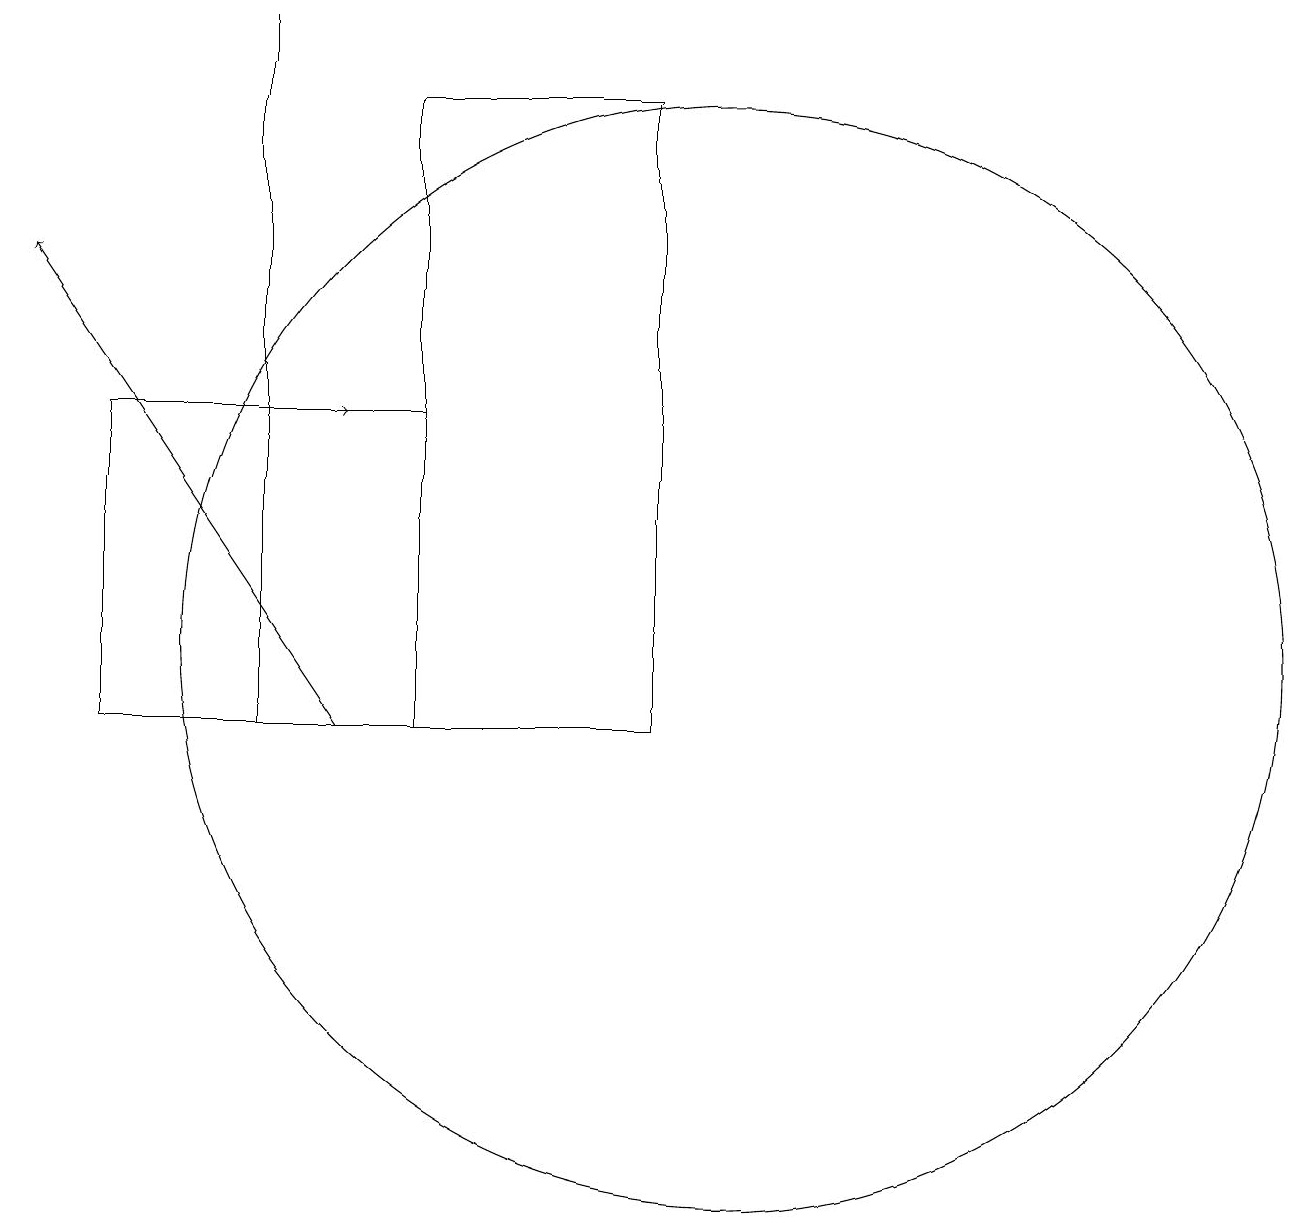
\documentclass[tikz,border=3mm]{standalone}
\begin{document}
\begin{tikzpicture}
\draw (6,10) rectangle (9,18);
\draw[->] (5,10) -- (1,16);
\draw (6,10) rectangle (2,14);
\draw[->] (3,14) -- (5,14);
\draw (10,11) circle (7);
\draw (4,10) rectangle (4,19);
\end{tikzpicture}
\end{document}